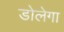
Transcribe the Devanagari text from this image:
डोलेगा